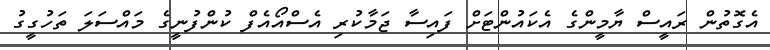
އެގޮތުން ރައީސް ޔާމީންގެ އެކައުންޓަށް ފައިސާ ޖަމާކުރި އެސްއޯއެފް ކުންފުނީގެ މައްސަލަ ތަހުގީގު